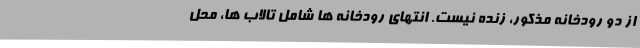
از دو رودخانه مذکور، زنده نیست. انتهای رودخانه ها شامل تالاب ها، محل